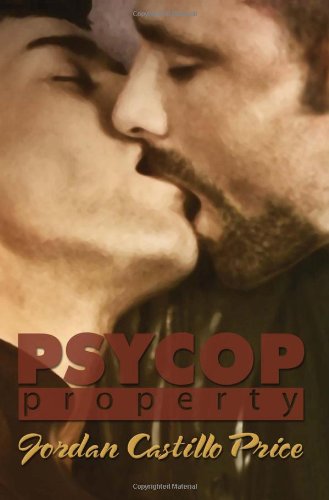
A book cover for Psycop: Property; Jordan Castillo Price; Romance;